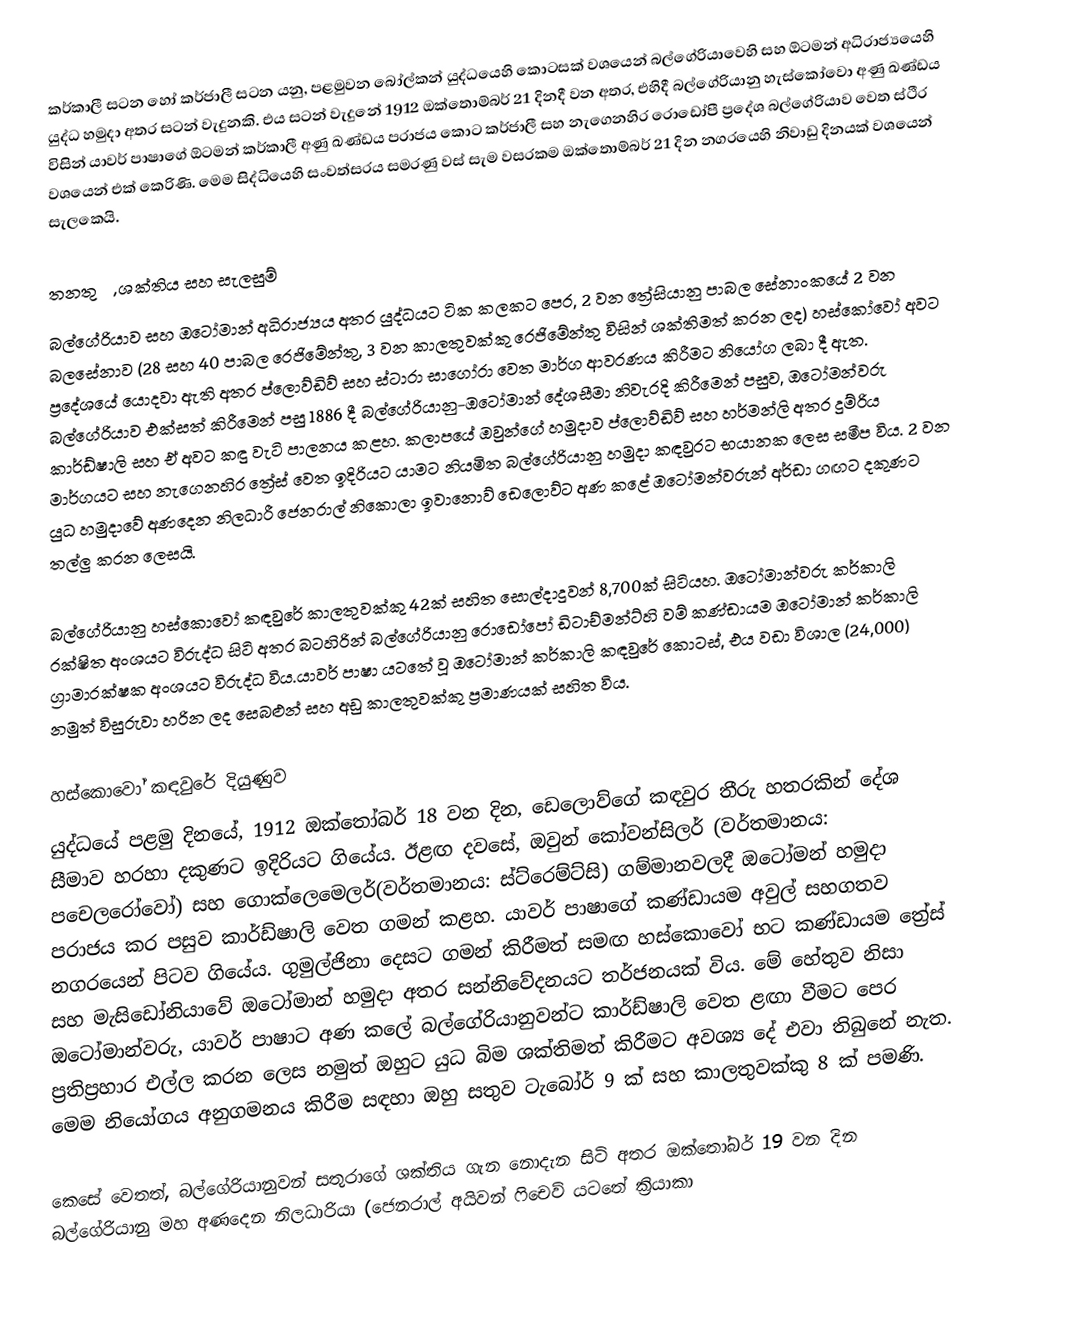
කර්කාලී සටන හෝ කර්ජාලී සටන යනු, පළමුවන බෝල්කන් යුද්ධයෙහි කොටසක් වශයෙන් බල්ගේරියාවෙහි සහ ඕටමන් අධිරාජ්‍යයෙහි යුද්ධ හමුදා අතර සටන් වැදුනකි. එය සටන් වැදුනේ 1912 ඔක්තොම්බර් 21 දිනදී වන අතර, එහිදී බල්ගේරියානු හැස්කෝවො අණු ඛණ්ඩය විසින් යාවර් පාෂාගේ ඕටමන් කර්කාලී අණු ඛණ්ඩය පරාජය කොට කර්ජාලී සහ නැගෙනහිර රොඩෝපී ප්‍රදේශ බල්ගේරියාව වෙත ස්ථීර වශයෙන් එක් කෙරිණි. මෙම සිද්ධියෙහි සංවත්සරය සමරණු වස් සැම වසරකම ඔක්තොම්බර් 21 දින නගරයෙහි නිවාඩු දිනයක් වශයෙන් සැලකෙයි.

තනතුරු, ශක්තිය සහ සැලසුම්
බල්ගේරියාව සහ ඔටෝමාන් අධිරාජ්‍යය අතර යුද්ධයට ටික කලකට පෙර, 2 වන ත්‍රේසියානු පාබල සේනාංකයේ 2 වන බලසේනාව (28 සහ 40 පාබල රෙජිමේන්තු, 3 වන කාලතුවක්කු රෙජිමේන්තු විසින් ශක්තිමත් කරන ලද) හස්කෝවෝ අවට ප්‍රදේශයේ යොදවා ඇති අතර ප්ලොව්ඩිව් සහ ස්ටාරා සාගෝරා වෙත මාර්ග ආවරණය කිරීමට නියෝග ලබා දී ඇත. බල්ගේරියාව එක්සත් කිරීමෙන් පසු 1886 දී බල්ගේරියානු-ඔටෝමාන් දේශසීමා නිවැරදි කිරීමෙන් පසුව, ඔටෝමන්වරු කාර්ඩ්ෂාලි සහ ඒ අවට කඳු වැටි පාලනය කළහ. කලාපයේ ඔවුන්ගේ හමුදාව ප්ලොව්ඩිව් සහ හර්මන්ලි අතර දුම්රිය මාර්ගයට සහ නැගෙනහිර ත්‍රේස් වෙත ඉදිරියට යාමට නියමිත බල්ගේරියානු හමුදා කඳවුරට භයානක ලෙස සමීප විය. 2 වන යුධ හමුදාවේ අණදෙන නිලධාරී ජෙනරාල් නිකොලා ඉවානොව් ඩෙලොව්ට අණ කළේ ඔටෝමන්වරුන් අර්ඩා ගඟට දකුණට තල්ලු කරන ලෙසයි.

බල්ගේරියානු හස්කොවෝ කඳවුරේ කාලතුවක්කු 42ක් සහිත සොල්දාදුවන් 8,700ක් සිටියහ. ඔටෝමාන්වරු කර්කාලි රක්ෂිත අංශයට විරුද්ධ සිටි අතර බටහිරින් බල්ගේරියානු රොඩෝපෝ ඩිටාච්මන්ට්හි වම් කණ්ඩායම ඔටෝමාන් කර්කාලි ග්‍රාමාරක්ෂක අංශයට විරුද්ධ විය.යාවර් පාෂා යටතේ වූ ඔටෝමාන් කර්කාලි කඳවුරේ කොටස්, එය වඩා විශාල (24,000) නමුත් විසුරුවා හරින ලද සෙබළුන් සහ අඩු කාලතුවක්කු ප්‍රමාණයක් සහිත විය.

හස්කොවෝ කඳවුරේ දියුණුව
යුද්ධයේ පළමු දිනයේ, 1912 ඔක්තෝබර් 18 වන දින, ඩෙලොව්ගේ කඳවුර තීරු හතරකින් දේශ සීමාව හරහා දකුණට ඉදිරියට ගියේය. ඊළඟ දවසේ, ඔවුන් කෝවන්සිලර් (වර්තමානය: පචෙලරෝවෝ) සහ ගොක්ලෙමෙලර්(වර්තමානය: ස්ට්රෙම්ට්සි) ගම්මානවලදී ඔටෝමන් හමුදා පරාජය කර පසුව කාර්ඩ්ෂාලි වෙත ගමන් කළහ. යාවර් පාෂාගේ කණ්ඩායම අවුල් සහගතව නගරයෙන් පිටව ගියේය. ගුමුල්ජිනා දෙසට ගමන් කිරීමත් සමඟ හස්කොවෝ භට කණ්ඩායම ත්‍රේස් සහ මැසිඩෝනියාවේ ඔටෝමාන් හමුදා අතර සන්නිවේදනයට තර්ජනයක් විය. මේ හේතුව නිසා ඔටෝමාන්වරු, යාවර් පාෂාට අණ කලේ බල්ගේරියානුවන්ට කාර්ඩ්ෂාලි වෙත ළඟා වීමට පෙර ප්‍රතිප්‍රහාර එල්ල කරන ලෙස නමුත් ඔහුට යුධ බිම ශක්තිමත් කිරීමට අවශ්‍ය දේ එවා තිබුනේ නැත. මෙම නියෝගය අනුගමනය කිරීම සඳහා ඔහු සතුව ටැබෝර් 9 ක් සහ කාලතුවක්කු 8 ක් පමණි.

කෙසේ වෙතත්, බල්ගේරියානුවන් සතුරාගේ ශක්තිය ගැන නොදැන සිටි අතර ඔක්තෝබර් 19 වන දින බල්ගේරියානු මහ අණදෙන නිලධාරියා (ජෙනරාල් අයිවන් ෆිචෙව් යටතේ ක්‍රියාකා